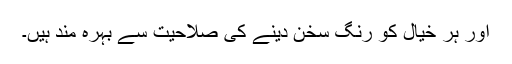
اور ہر خیال کو رنگ سخن دینے کی صلاحیت سے بہرہ مند ہیں۔